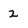
Character: 2